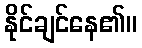
နိုင်ချင်နေ၏။